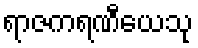
ရာဇကရဏီယေသု